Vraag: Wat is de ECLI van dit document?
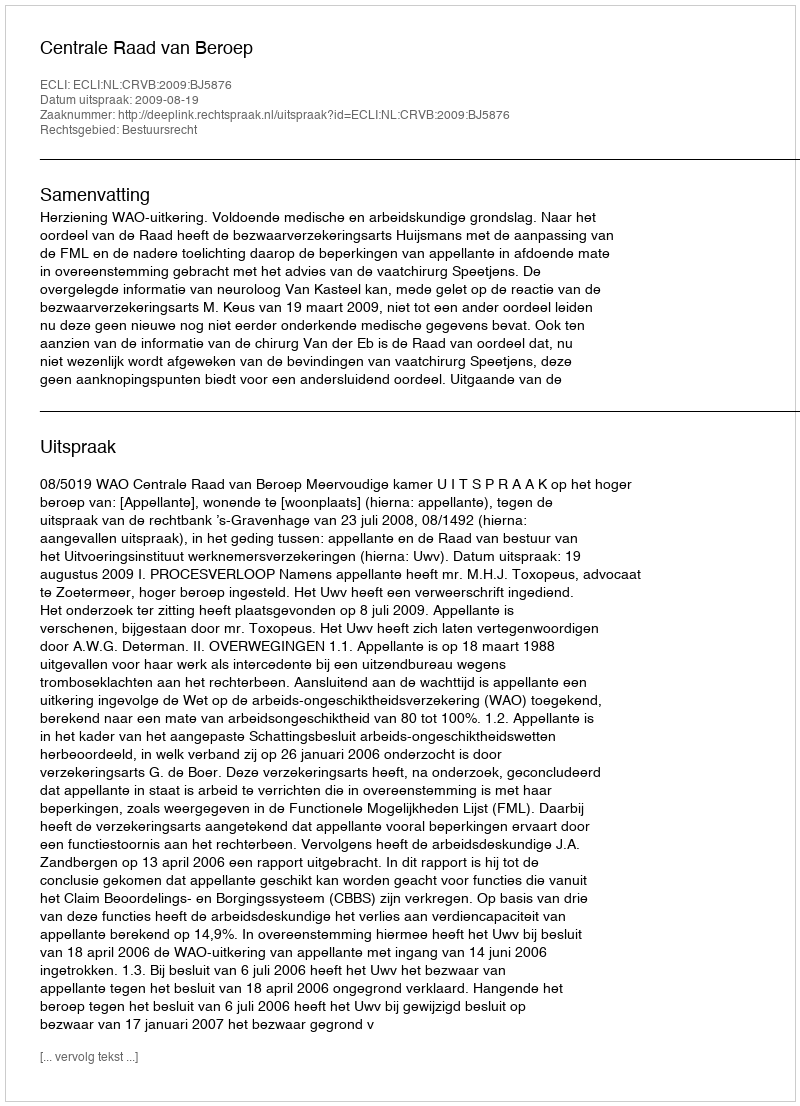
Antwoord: ECLI:NL:CRVB:2009:BJ5876